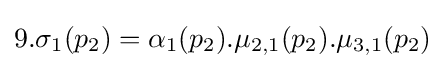
9.\sigma _{1}(p_{2})=\alpha _{1}(p_{2}).\mu _{2,1}(p_{2}).\mu _{3,1}(p_{2})